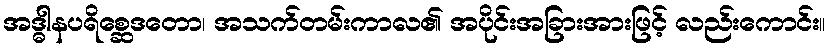
အဒ္ဓါနပရိစ္ဆေဒတော၊ အသက်တမ်းကာလ၏ အပိုင်းအခြားအားဖြင့် လည်းကောင်း။